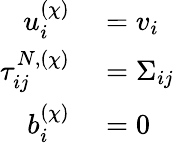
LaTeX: \begin{array}{rl}{u_{i}^{(\chi)}}&{{}=v_{i}}\\ {\tau_{ij}^{N,(\chi)}}&{{}=\Sigma_{ij}}\\ {b_{i}^{(\chi)}}&{{}=0}\end{array}